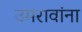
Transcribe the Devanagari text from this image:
उमरावांना